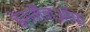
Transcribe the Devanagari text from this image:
बेसमैनऑफ़